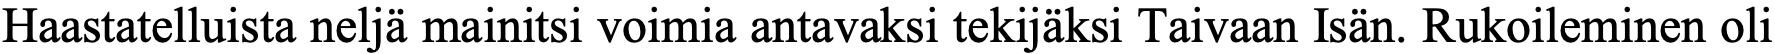
Haastatelluista neljä mainitsi voimia antavaksi tekijäksi Taivaan Isän. Rukoileminen oli